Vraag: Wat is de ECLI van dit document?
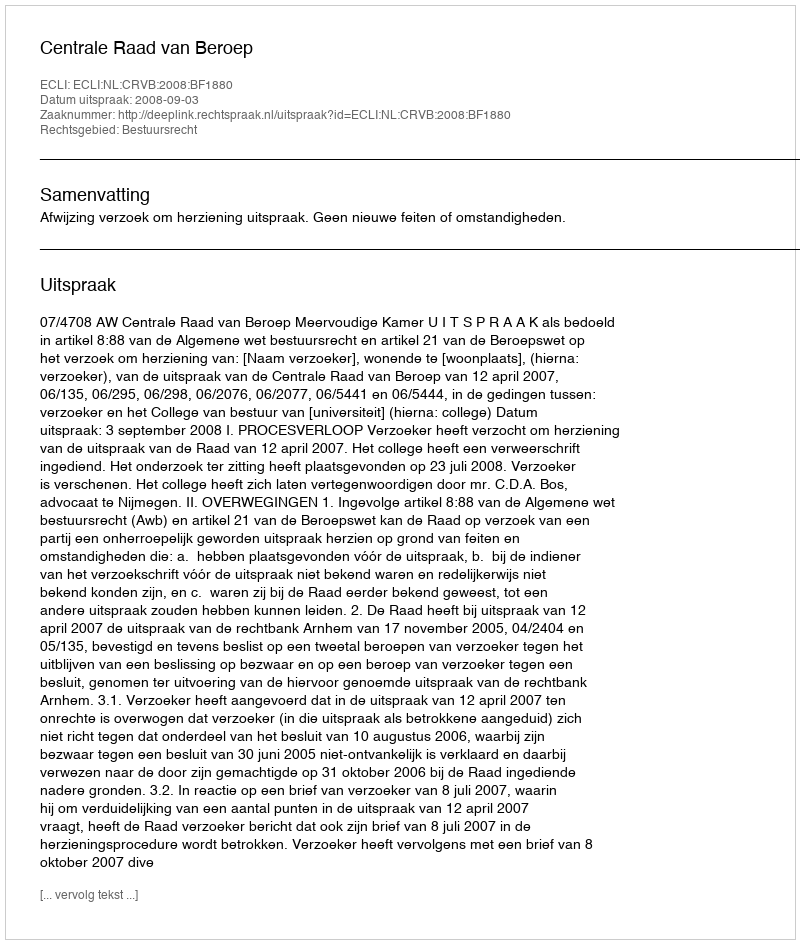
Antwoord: ECLI:NL:CRVB:2008:BF1880